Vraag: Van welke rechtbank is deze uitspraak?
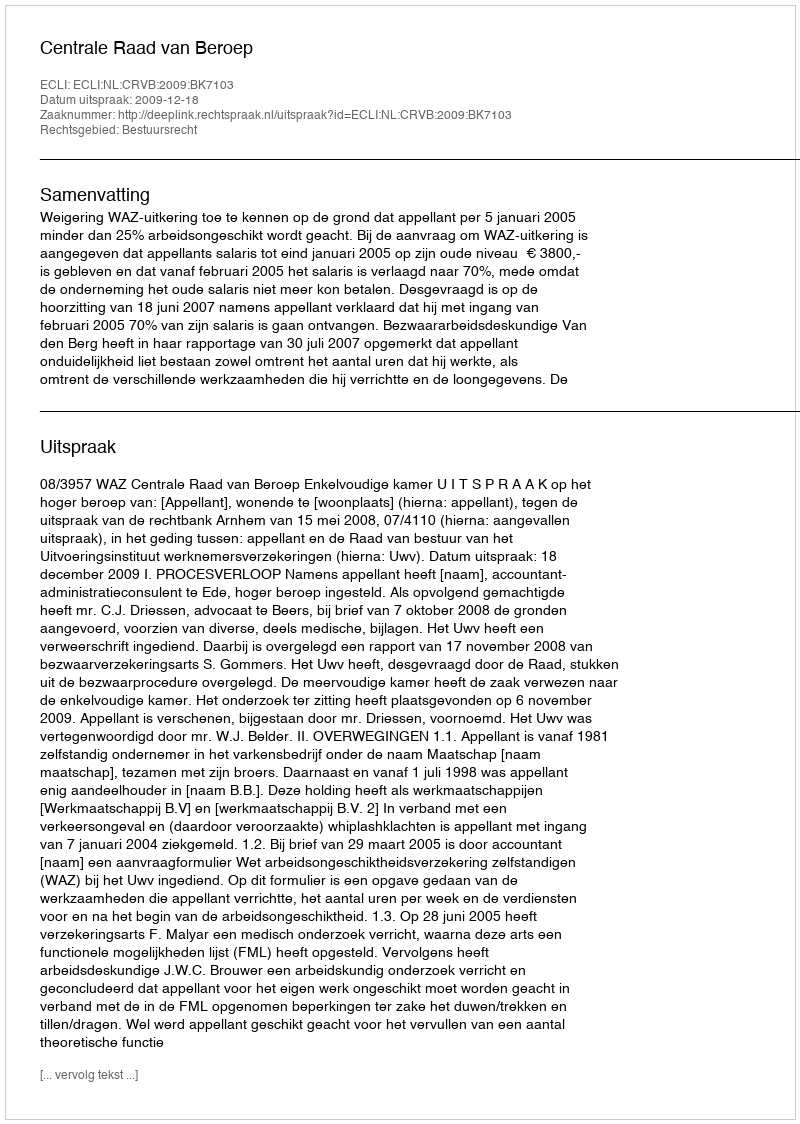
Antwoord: Centrale Raad van Beroep